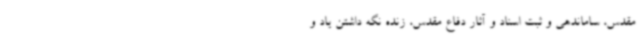
مقدس، ساماندهی و ثبت اسناد و آثار دفاع مقدس، زنده نگه داشتن یاد و